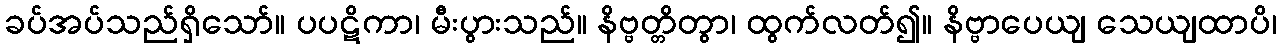
ခပ်အပ်သည်ရှိသော်။ ပပဋိကာ၊ မီးပွားသည်။ နိဗ္ဗတ္တိတွာ၊ ထွက်လတ်၍။ နိဗ္ဗာပေယျ သေယျထာပိ၊